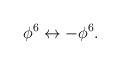
LaTeX: \begin{align*}\phi^6\leftrightarrow -\phi^6.\end{align*}